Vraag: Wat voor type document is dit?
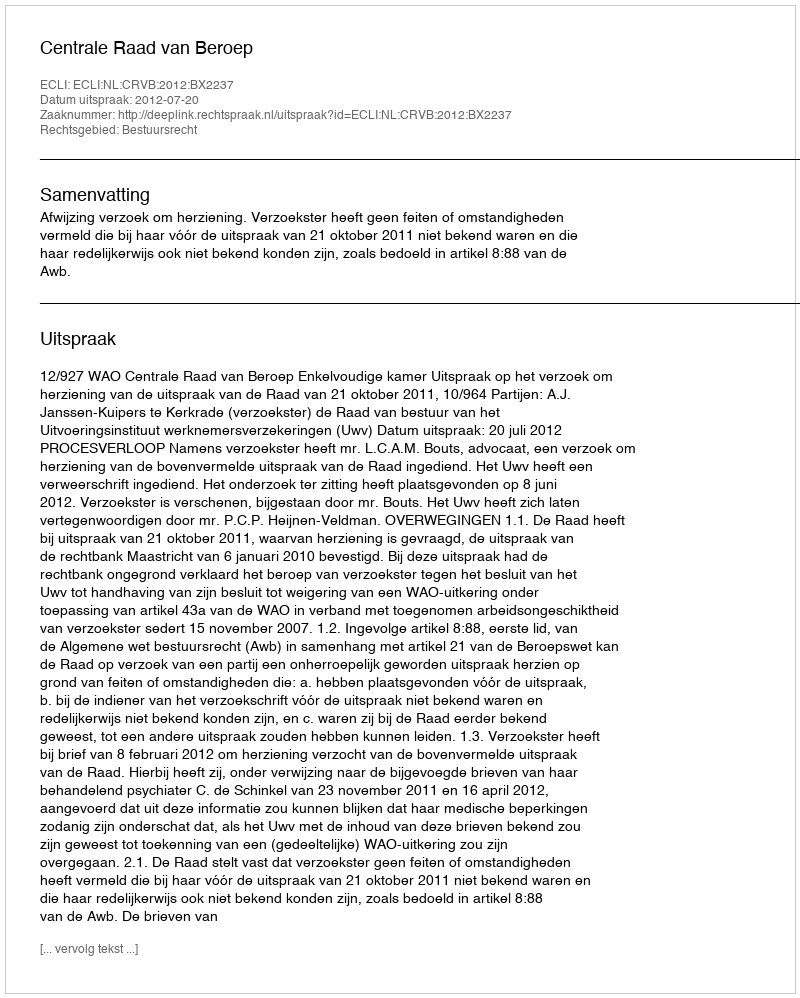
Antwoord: Uitspraak